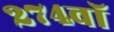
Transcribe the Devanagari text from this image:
२७४वॉ